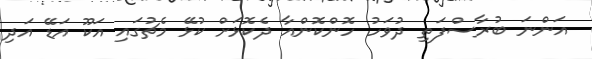
އަންނަ ބުރާސްފަތި ދުވަހު ހޮންކޮންއާ ދެކޮޅަށް ކުޅޭ މެޗުގައި އަކޫ އަޑޭ އަދި